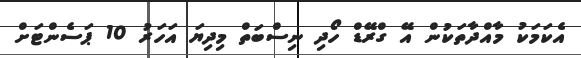
އެކަމަކު މާއްދާތަކުން އޭ ގްރޭޑް ހޯދި ނިސްބަތް މިދިޔަ އަހަރު 10 ޕަސެންޓަށް